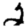
Digit: 2